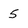
Character: 5